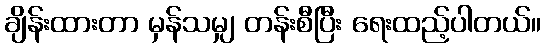
ချိန်းထားတာ မှန်သမျှ တန်းစီပြီး ရေးထည့်ပါတယ်။